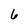
Character: 6